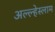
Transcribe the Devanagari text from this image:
अल्ल्हेस्लाम